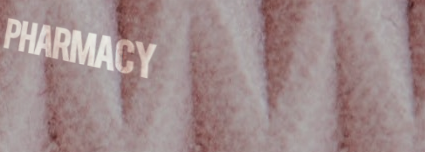
PHARMACY